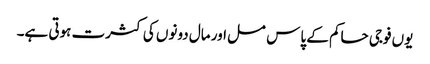
یوں فوجی حاکم کے پاس مسل اور مال دونوں کی کثرت ہوتی ہے۔